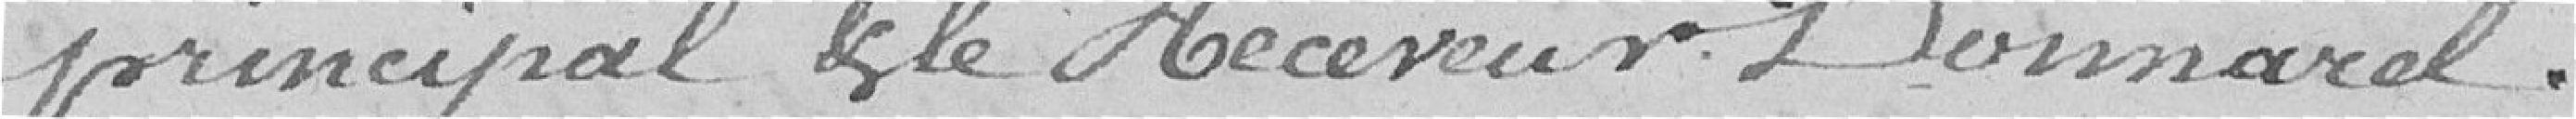
principal et le Receveur DOMMAREL.